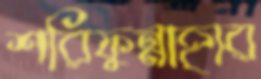
শরিফুন্নাহার